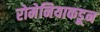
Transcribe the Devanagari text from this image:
रोमेनियाकडून